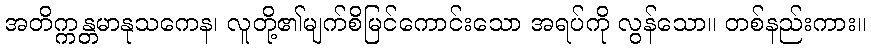
အတိက္ကန္တမာနုသကေန၊ လူတို့၏မျက်စိမြင်ကောင်းသော အရပ်ကို လွန်သော။ တစ်နည်းကား။